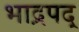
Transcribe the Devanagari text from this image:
भाद्रपद्